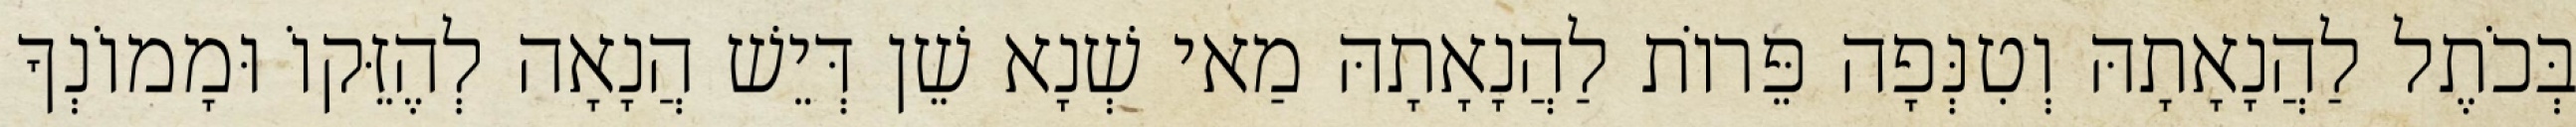
בְּכֹתֶל לַהֲנָאָתָהּ וְטִנְּפָה פֵּרוֹת לַהֲנָאָתָהּ מַאי שְׁנָא שֵׁן דְּיֵשׁ הֲנָאָה לְהֶזֵּקוֹ וּמָמוֹנְךָ